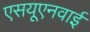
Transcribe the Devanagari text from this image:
एसयूएनवाई